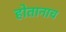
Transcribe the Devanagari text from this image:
होतानाच